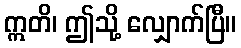
ဣတိ၊ ဤသို့ လျှောက်ပြီ။